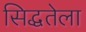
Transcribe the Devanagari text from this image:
सिद्धतेला